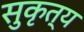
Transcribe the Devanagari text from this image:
सुकृत्य